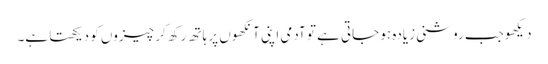
دیکھوجب روشنی زیادہ ہو جاتی ہے تو آدمی اپنی آنکھوں پر ہاتھ رکھ کر چیزوں کو دیکھتا ہے۔